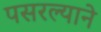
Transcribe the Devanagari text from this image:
पसरल्याने